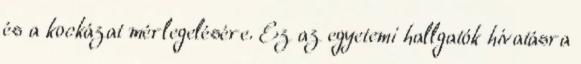
és a kockázat mérlegelésére. Ez az egyetemi hallgatók hivatásra